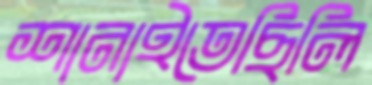
শানাইতেছিলি